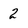
Character: 2